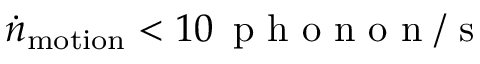
\dot { n } _ { \mathrm { m o t i o n } } < 1 0 \, \mathrm { ~ p ~ h ~ o ~ n ~ o ~ n ~ } / \mathrm { ~ s ~ }